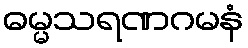
ဓမ္မသရဏဂမနံ